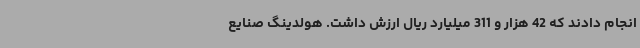
انجام دادند که 42 هزار و 311 میلیارد ریال ارزش داشت. هولدینگ صنایع